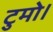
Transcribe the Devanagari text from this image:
टुमो।